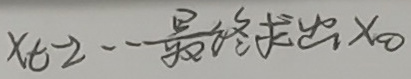
$x_{t2} --最终求出x_0$